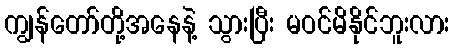
ကျွန်တော်တို့အနေနဲ့ သွားပြီး မဝင်မိနိုင်ဘူးလား